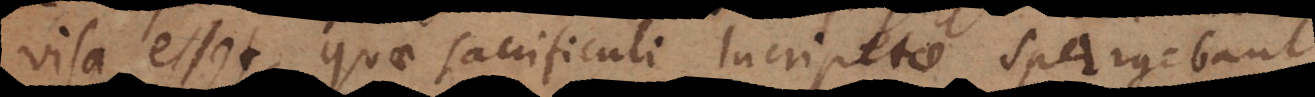
visa esset, quae sacrificuli lucripetae spargebant